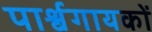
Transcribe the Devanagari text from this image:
पार्श्वगायकों